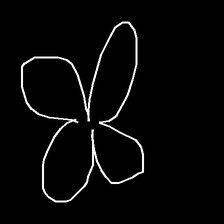
Glyph: billowing